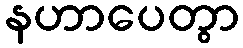
နဟာပေတွာ